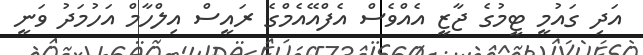
އަދި ގައުމީ ޓީމުގެ ޖާޒީ އެއްވެސް އެފްއޭއެމްގެ ރައީސް އިލްހާމް އަހުމަދު ވަނީ